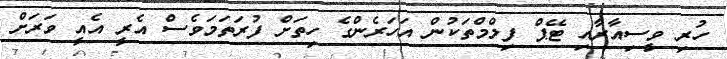
ހުރި ވީސިއާރާއި ޓޭޕް ފިލްމްތަކުން އަހަރެންގެ ހިތަށް ފުރަތަމަވެސް އެރީ އެއީ ވަރަށް